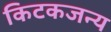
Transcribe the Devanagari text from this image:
किटकजन्य